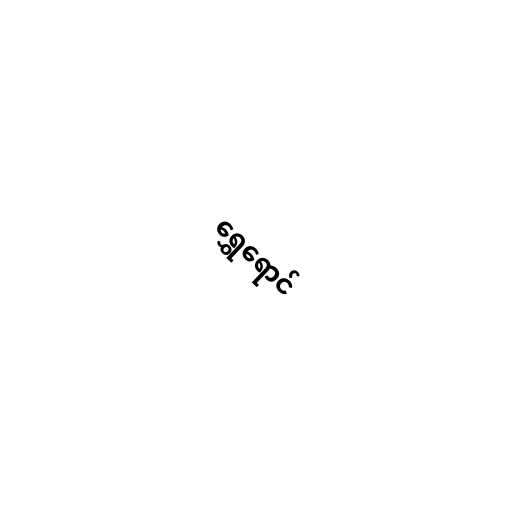
ရွှေရောင်